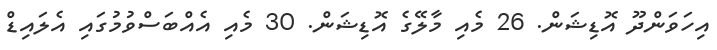
އިހަވަންދޫ އޮޑިޝަން. 26 މެއި މާލޭގެ އޮޑިޝަން. 30 މެއި އެއްބަސްވުމުގައި އެލައިޑް